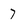
Character: 7